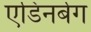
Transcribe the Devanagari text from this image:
एडिनर्बग